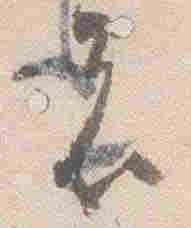
者